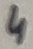
Text: 4